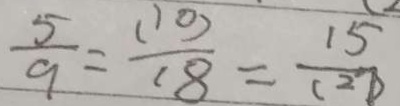
\frac { 5 } { 9 } = \frac { ( 1 0 ) } { 1 8 } = \frac { 1 5 } { ( 2 7 ) }